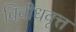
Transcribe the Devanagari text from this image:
विवीधवृत्त